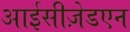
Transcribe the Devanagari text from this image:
आईसीज़ेडएन